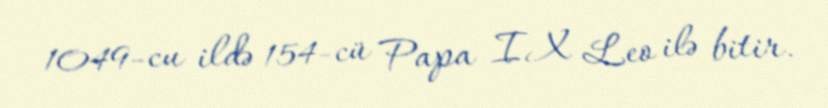
1049-cu ildə 154-cü Papa IX Leo ilə bitir.